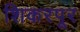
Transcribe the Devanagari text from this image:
शिकरपूर